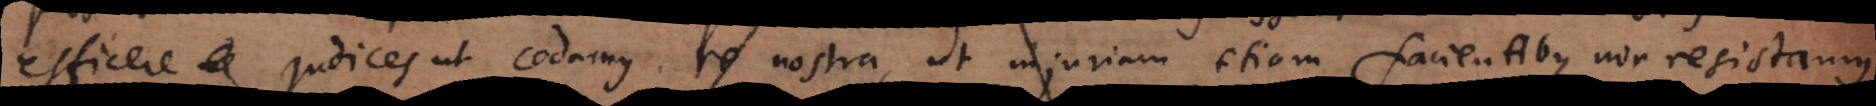
efficere judices ut cedamus re nostra, ut injuriam etiam facientibus non resistamus,